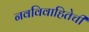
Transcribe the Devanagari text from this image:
नवविवाहितेची